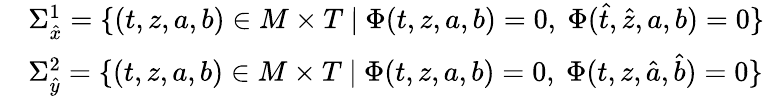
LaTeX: \begin{array}{rl}&{\Sigma_{\hat{x}}^{1}=\{ (t,z,a,b)\in M\times T\ |\ \Phi(t,z,a,b)=0,\ \Phi(\hat{t},\hat{z},a,b)=0\} }\\ &{\Sigma_{\hat{y}}^{2}=\{ (t,z,a,b)\in M\times T\ |\ \Phi(t,z,a,b)=0,\ \Phi(t,z,\hat{a},\hat{b})=0\} }\end{array}